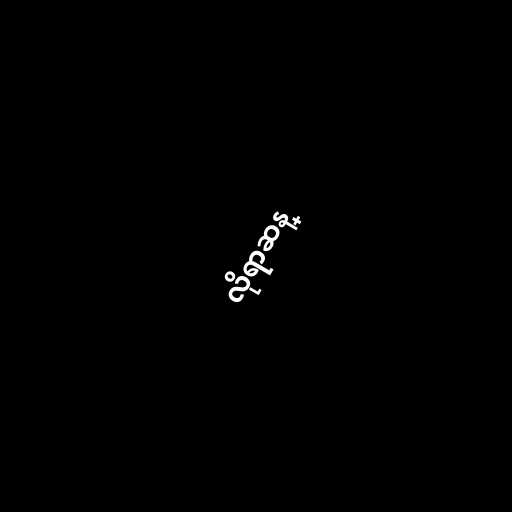
လိုရာဆန္